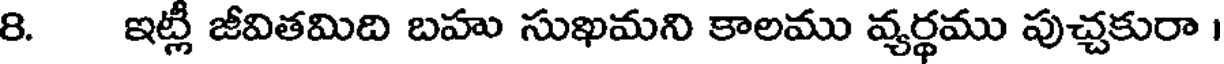
8. ఇట్లీ జీవితమిది బహు సుఖమని కాలము వ్యర్థము పుచ్చకురా